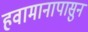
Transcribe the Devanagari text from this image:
हवामानापासुन